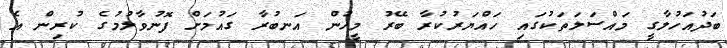
ބަދުއަހުލާގީ މައްސަލަތަކުގައި ހައްޔަރުކުރާ ބޭރު މީހުން އަނބުރާ ގައުމަށް ފޮނުވާލުމުގެ ކުރިން އެ